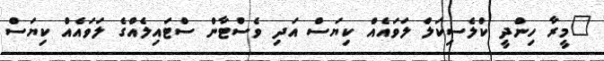
"މީރާ ހިންދީ ކްލެސިކަލް ލަވައެއް ކިޔަސް އަދި ވެސްޓާން ސްޓައިލެއްގެ ލަވައެއް ކިޔަސް